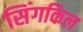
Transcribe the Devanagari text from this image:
सिंगकिल